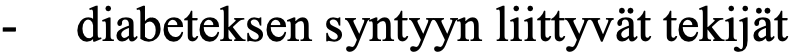
-  diabeteksen syntyyn liittyvät tekijät